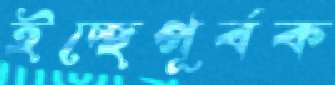
ইচ্ছেপূর্বক